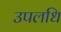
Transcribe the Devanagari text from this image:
उपलधि